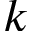
k